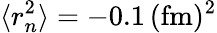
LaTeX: \langle r_{n}^{2}\rangle=-0.1\, (\mathrm{fm})^{2}